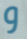
و